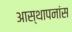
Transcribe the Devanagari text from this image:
आस्थापनांस